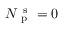
N _ { \mathrm { ~ p ~ } } ^ { \mathrm { ~ s ~ } } = 0